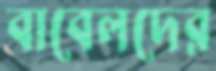
বাবেলদের